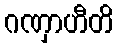
ဂဏှာဟီတိ